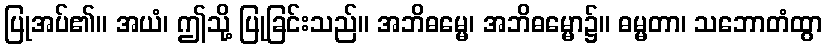
ပြုအပ်၏။ အယံ၊ ဤသို့ ပြုခြင်းသည်။ အဘိဓမ္မေ၊ အဘိဓမ္မော၌။ ဓမ္မတာ၊ သဘောတံထွာ